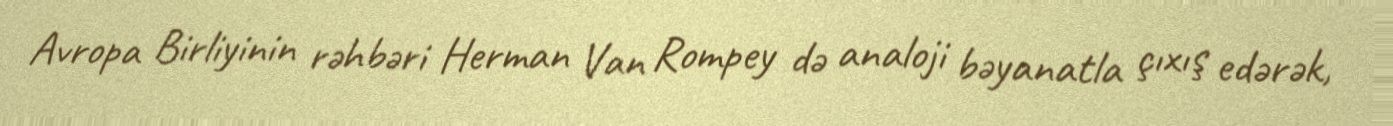
Avropa Birliyinin rəhbəri Herman Van Rompey də analoji bəyanatla çıxış edərək,